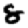
Digit: 8